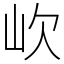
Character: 㰞